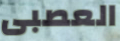
العصبى